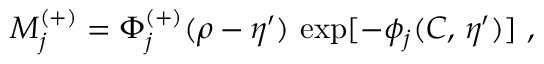
M _ { j } ^ { ( + ) } = \Phi _ { j } ^ { ( + ) } ( \rho - \eta ^ { \prime } ) \, \exp [ - \phi _ { j } ( C , \, \eta ^ { \prime } ) ] ~ ,